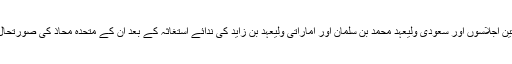
” لیکن مکہ کے حالیہ تین اجلاسوں اور سعودی ولیعہد محمد بن سلمان اور اماراتی ولیعہد بن زاید کی ندائے استغاثہ کے بعد ان کے متحدہ محاذ کی صورتحال مزید ابتر ہو گئی ہے۔